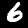
Digit: 6